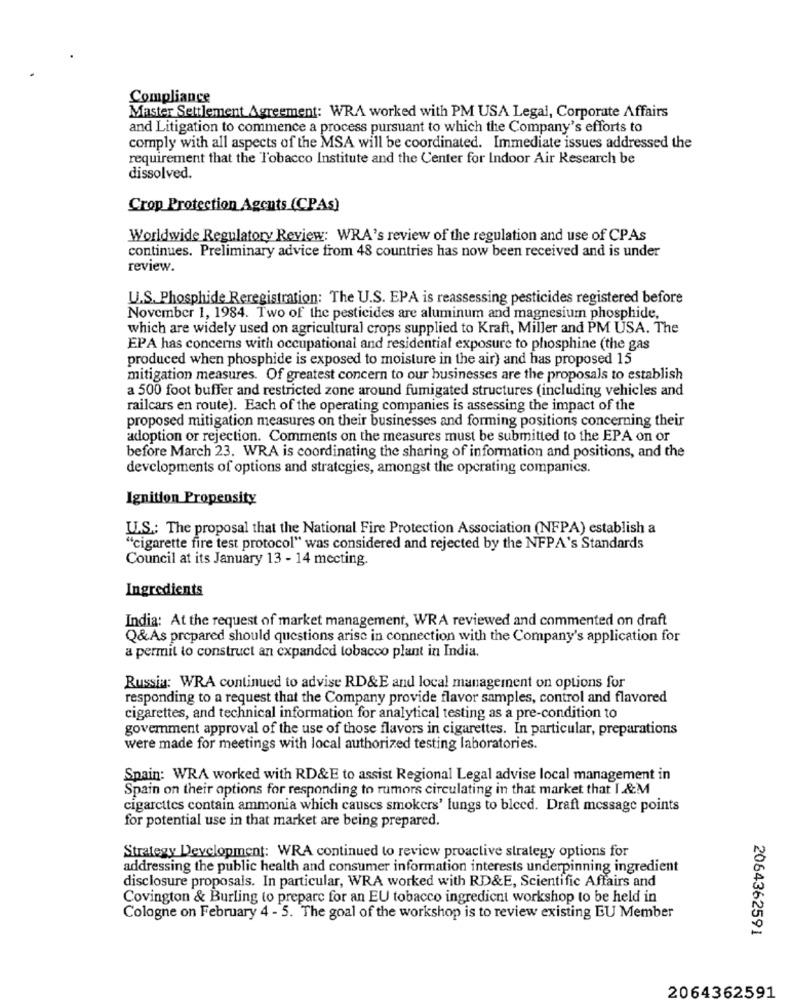
Compliance
Master Settlement Agreement: WRA worked with PM USA Legal, Corporate Affairs
and Litigation to commence a process pursuant to which the Company's efforts to
comply with all aspects of the MSA will be coordinated. Immediate issues addressed the
requirement that the Tobacco Institute and the Center for Indoor Air Research be
dissolved.
Crop Protection Agents (CPAs)
Worldwide Regulatory Review: WRA's review of the regulation and use of CPAs
continues. Preliminary advice from 48 countries has now been received and is under
review.
U.S. Phosphide Reregistration: The U.S. EPA is reassessing pesticides registered before
November 1, 1984. Two of the pesticides are aluminum and magnesium phosphide,
which are widely used on agricultural crops supplied to Kraft, Miller and PM USA. The
EPA has concerns with occupational and residential exposure to phosphine (the gas
produced when phosphide is exposed to moisture in the air) and has proposed 15
mitigation measures. Of greatest concern to our businesses are the proposals to establish
a 500 foot buffer and restricted zone around fumigated structures (including vehicles and
railcars en route). Each of the operating companies is assessing the impact of the
proposed mitigation measures on their businesses and forming positions concerning their
adoption or rejection. Comments on the measures must be submitted to the EPA on or
before March 23. WRA is coordinating the sharing of information and positions, and the
developments of options and strategies, amongst the operating companics.
Ignition Propensity
U.S .: The proposal that the National Fire Protection Association (NFPA) establish a
"cigarette fire test protocol" was considered and rejected by the NFPA's Standards
Council at its January 13 - 14 mecting.
Ingredients
India: At the request of market management, WRA reviewed and commented on draft
Q&As prepared should questions arise in connection with the Company's application for
a permit to construct an expanded tobacco plant in India.
Russia: WRA continued to advise RD&E and local management on options for
responding to a request that the Company provide flavor samples, control and flavored
cigarettes, and technical information for analytical testing as a pre-condition to
government approval of the use of those flavors in cigarettes. In particular, preparations
were made for meetings with local authorized testing laboratories.
Spain: WRA worked with RD&E to assist Regional Legal advise local management in
Spain on their options for responding to rumors circulating in that market that I &M
cigarettes contain ammonia which causes smokers' lungs to bleed. Draft message points
for potential use in that market are being prepared.
Strategy Development: WRA continued to review proactive strategy options for
addressing the public health and consumer information interests underpinning ingredient
disclosure proposals. In particular, WRA worked with RD&E, Scientific Affairs and
Covington & Burling to prepare for an EU tobacco ingredient workshop to be held in
Cologne on February 4 - 5. The goal of the workshop is to review existing EU Member
2064362591
2064362591